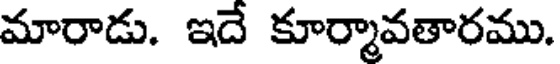
మారాడు. ఇదే కూర్మావతారము.